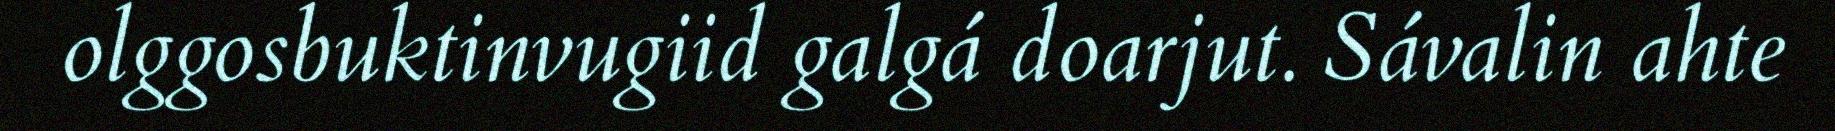
olggosbuktinvugiid galgá doarjut. Sávalin ahte